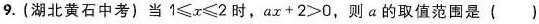
9.(湖北黄石中考)当$$1 ≤ x ≤ 2$$时，$$a x + 2 > 0$$，则a的取值范围是 ( )